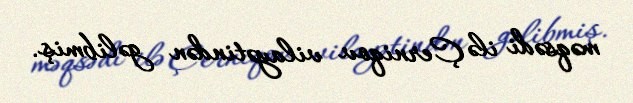
məqsədi ilə Çerniqov vilayətindən gəlibmiş.